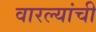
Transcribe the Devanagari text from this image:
वारल्यांची